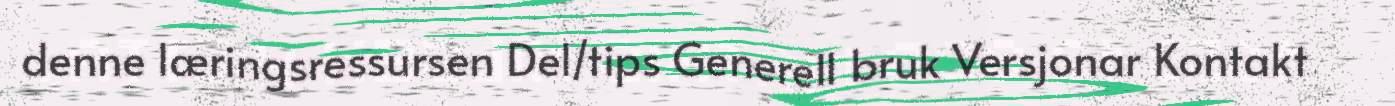
denne læringsressursen Del/tips Generell bruk Versjonar Kontakt